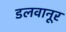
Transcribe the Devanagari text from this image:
डलवानूर